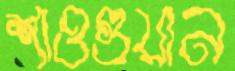
শাওগুয়ান